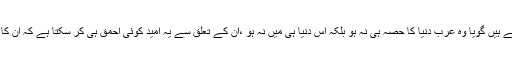
اور وہ مسلمان جو شام کی بربادی کا نوحہ پڑھتے ہوئے یمن کو اس طرح فراموش کر دیتے ہیں گویا وہ عرب دنیا کا حصہ ہی نہ ہو بلکہ اس دنیا ہی میں نہ ہو ،ان کے تعلق سے یہ امید کوئی احمق ہی کر سکتا ہے کہ ان کا احتجاج روہنگیا مسلمانوں کو ان کے بنیادی انسانی شہری و جمہوری حقوق دلا سکے گا !